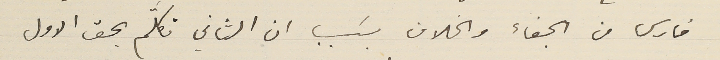
فارس من الجفاء والخلاف بسَبب ان الثاني تكلّم بحق الاول